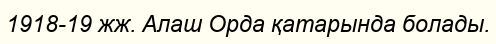
1918-19 жж. Алаш Орда қатарында болады.